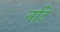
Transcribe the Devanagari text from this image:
नटि